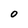
Character: O